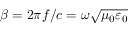
\beta = 2 \pi f / c = \omega \sqrt { \mu _ { 0 } \varepsilon _ { 0 } }